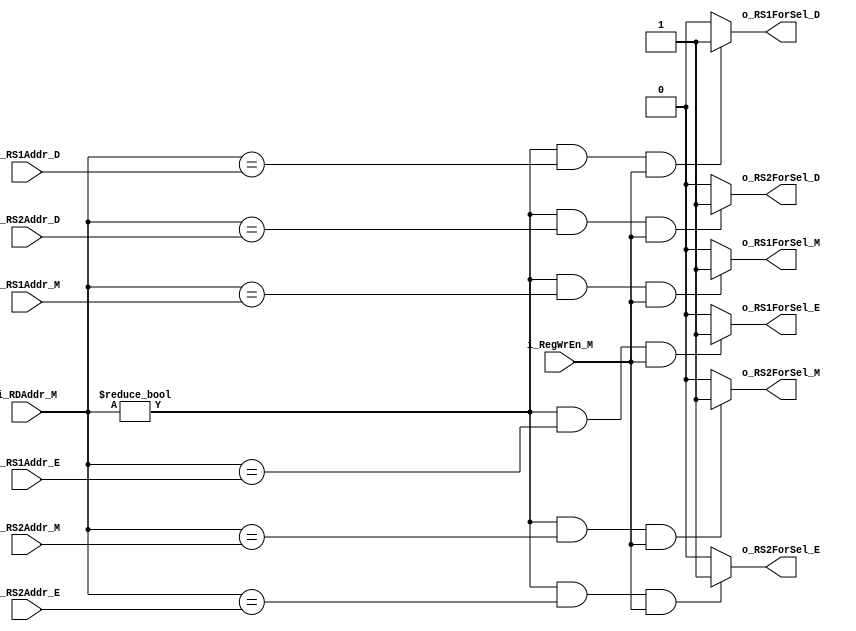
`timescale 1ns / 1ps

module ForwardingUnit(
    input [4:0]i_RS1Addr_D,
    input [4:0]i_RS2Addr_D,
    input [4:0]i_RS1Addr_E,
    input [4:0]i_RS2Addr_E,
    input [4:0]i_RS1Addr_M,
    input [4:0]i_RS2Addr_M,
    input [4:0]i_RDAddr_M,
    input i_RegWrEn_M,
    
    output reg o_RS1ForSel_D,
    output reg o_RS2ForSel_D,
    output reg o_RS1ForSel_E,
    output reg o_RS2ForSel_E,
    output reg o_RS1ForSel_M,
    output reg o_RS2ForSel_M
    );
    
    parameter p_SRC_REG = 2'd0;
    parameter p_SRC_WB = 2'd1;

    always @(*) begin
        //RS1 D Forwading
        if((i_RDAddr_M != 0) && (i_RDAddr_M == i_RS1Addr_D) && i_RegWrEn_M)begin
            o_RS1ForSel_D <= p_SRC_WB;
        end else begin
            o_RS1ForSel_D <= p_SRC_REG;
        end

        //RS2 D Forwading
        if((i_RDAddr_M != 0) && (i_RDAddr_M == i_RS2Addr_D) && i_RegWrEn_M)begin
            o_RS2ForSel_D <= p_SRC_WB;
        end else begin
            o_RS2ForSel_D <= p_SRC_REG;
        end

        //RS1 E Forwading
        if((i_RDAddr_M != 0) && (i_RDAddr_M == i_RS1Addr_E) && i_RegWrEn_M)begin
            o_RS1ForSel_E <= p_SRC_WB;
        end else begin
            o_RS1ForSel_E <= p_SRC_REG;
        end

        //RS2 E Forwading
        if((i_RDAddr_M != 0) && (i_RDAddr_M == i_RS2Addr_E) && i_RegWrEn_M)begin
            o_RS2ForSel_E <= p_SRC_WB;
        end else begin
            o_RS2ForSel_E <= p_SRC_REG;
        end

        //RS1 M Forwading
        if((i_RDAddr_M != 0) && (i_RDAddr_M == i_RS1Addr_M) && i_RegWrEn_M)begin
            o_RS1ForSel_M <= p_SRC_WB;
        end else begin
            o_RS1ForSel_M <= p_SRC_REG;
        end

        //RS2 M Forwading
        if((i_RDAddr_M != 0) && (i_RDAddr_M == i_RS2Addr_M) && i_RegWrEn_M)begin
            o_RS2ForSel_M <= p_SRC_WB;
        end else begin
            o_RS2ForSel_M <= p_SRC_REG;
        end
    end

endmodule